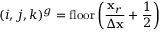
( i , j , k ) ^ { g } = \mathrm { f l o o r } \left( \frac { \mathbf { x } _ { r } } { \Delta \mathbf { x } } + \frac { 1 } { 2 } \right)